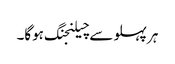
ہر پہلو سے چیلنجنگ ہوگا۔